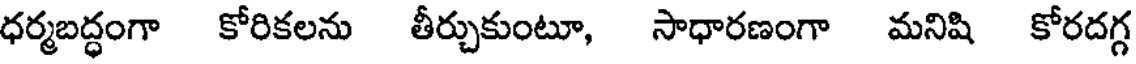
ధర్మబద్ధంగా కోరికలను తీర్చుకుంటూ, సాధారణంగా మనిషి కోరదగ్గ